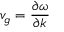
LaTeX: v _ { g } = { \frac { \partial \omega } { \partial k } }